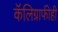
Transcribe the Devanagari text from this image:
कॅलिग्राफीही